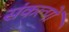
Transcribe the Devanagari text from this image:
संकल्‍पों